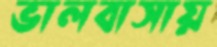
ভালবাসায়